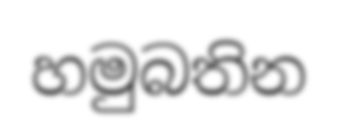
හමුබතින